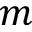
m